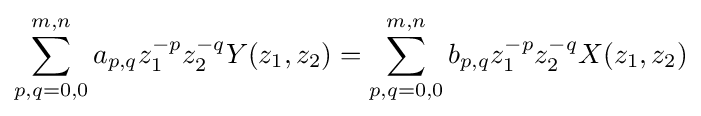
\sum _{p,q=0,0}^{m,n}a_{p,q}z_{1}^{-p}z_{2}^{-q}Y(z_{1},z_{2})=\sum _{p,q=0,0}^{m,n}b_{p,q}z_{1}^{-p}z_{2}^{-q}X(z_{1},z_{2})